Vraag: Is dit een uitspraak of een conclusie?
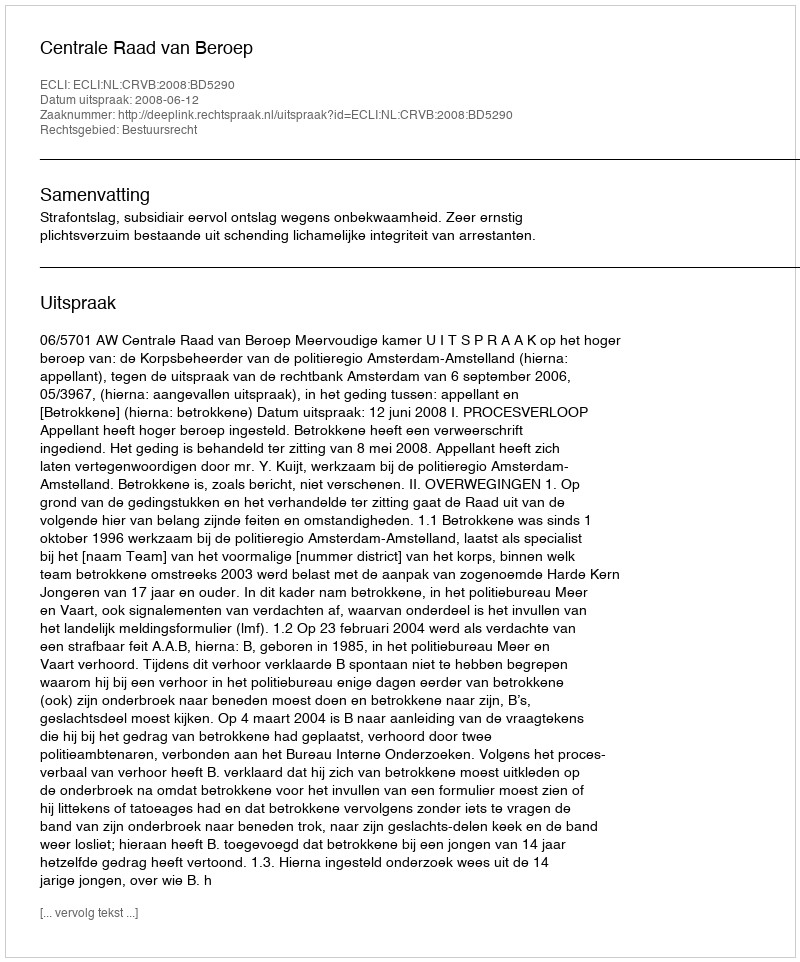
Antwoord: Uitspraak